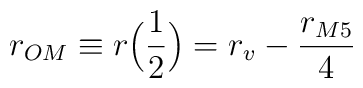
r_{OM}\equiv r\Big(\frac{1}{2}\Big) = r_v-\frac{r_{M5}}{4}